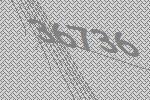
36736